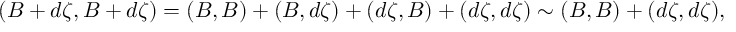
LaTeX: ( B + d \zeta , B + d \zeta ) = ( B , B ) + ( B , d \zeta ) + ( d \zeta , B ) + ( d \zeta , d \zeta ) \sim ( B , B ) + ( d \zeta , d \zeta ) ,